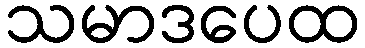
သမာဒပေထ